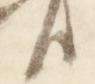
臣